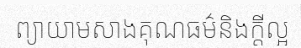
ព្យាយាមសាងគុណធម៌និងក្តីល្អ